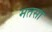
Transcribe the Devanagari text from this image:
मतसा